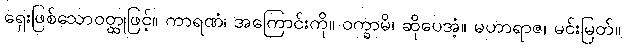
ရှေးဖြစ်သောဝတ္ထုဖြင့်။ ကာရဏံ၊ အကြောင်းကို။ ဝက္ခာမိ၊ ဆိုပေအံ့။ မဟာရာဇ၊ မင်းမြတ်။